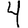
Digit: 4